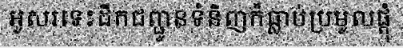
អូសរទេះដឹកជញ្ជូនទំនិញក៏ធ្លាប់ប្រមូលផ្តុំ